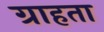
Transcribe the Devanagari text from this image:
ग्राहता